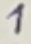
Text: 1